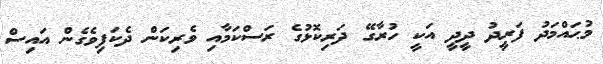
މުޙައްމަދު ފަރީދު ދީދީ އަކީ ހުރާގޭ ދަރިކޮޅުގެ ރަސްކަމާއި ވެރިކަން ދެކަފިވެގެން އައިސް